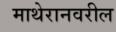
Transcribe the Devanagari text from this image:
माथेरानवरील